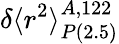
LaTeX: \delta\langle r^{2}\rangle_{P\mathrm{(2.5)}}^{A,122}